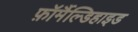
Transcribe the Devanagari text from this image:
फ़ॉर्मैल्डिहाइड